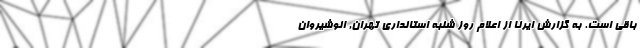
باقی است. به گزارش ایرنا از اعلام روز شنبه استانداری تهران, انوشیروان